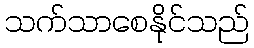
သက်သာစေနိုင်သည်